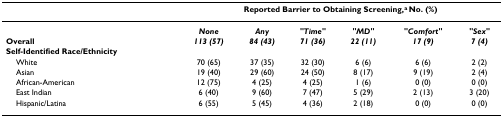
|  | <COLSPAN=6> Reported Barrier to Obtaining Screening,a No. (%) |
 | --- | --- | --- | --- | --- | --- | --- |
 |  | None | Any | "Time" | "MD" | "Comfort" | "Sex" |
 | Overall | 113 (57) | 84 (43) | 71 (36) | 22 (11) | 17 (9) | 7 (4) |
 | Self-Identified Race/Ethnicity |  |  |  |  |  |  |
 | White | 70 (65) | 37 (35) | 32 (30) | 6 (6) | 6 (6) | 2 (2) |
 | Asian | 19 (40) | 29 (60) | 24 (50) | 8 (17) | 9 (19) | 2 (4) |
 | African-American | 12 (75) | 4 (25) | 4 (25) | 1 (6) | 0 (0) | 0 (0) |
 | East Indian | 6 (40) | 9 (60) | 7 (47) | 5 (29) | 2 (13) | 3 (20) |
 | Hispanic/Latina | 6 (55) | 5 (45) | 4 (36) | 2 (18) | 0 (0) | 0 (0) |